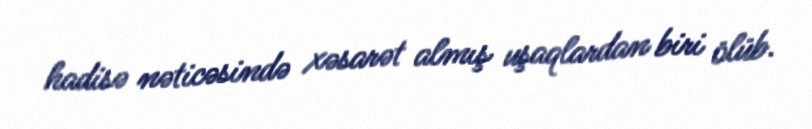
hadisə nəticəsində xəsarət almış uşaqlardan biri ölüb.